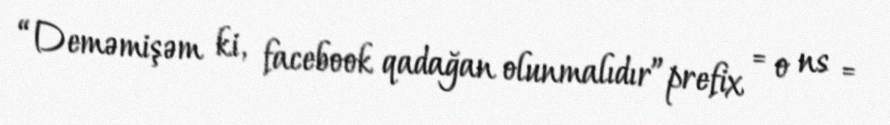
“Deməmişəm ki, facebook qadağan olunmalıdır”prefix = o ns =